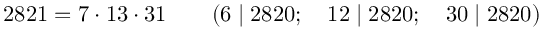
2 8 2 1 = 7 \cdot 1 3 \cdot 3 1 \qquad ( 6 \mid 2 8 2 0 ; \quad 1 2 \mid 2 8 2 0 ; \quad 3 0 \mid 2 8 2 0 )